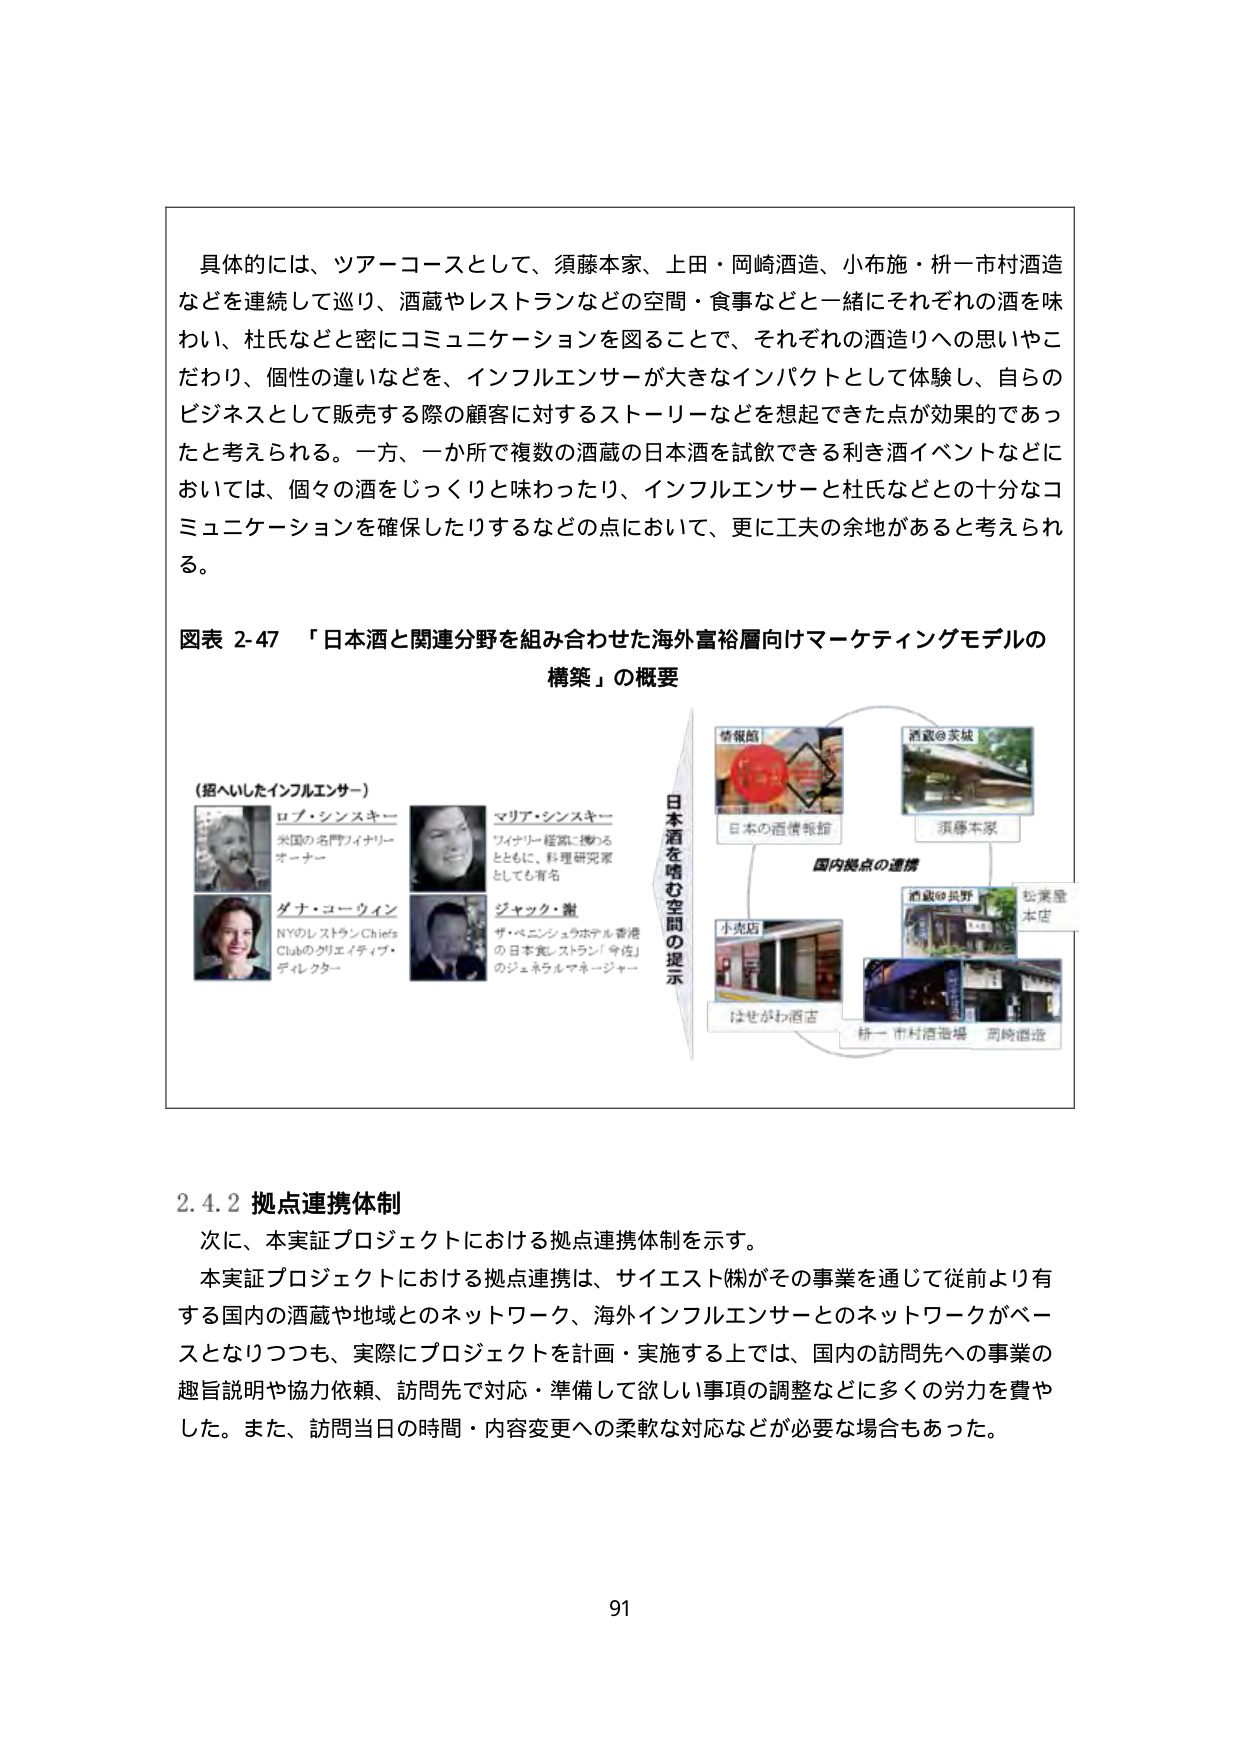
具体的には、ツアーコースとして、須藤本家、上田・岡崎酒造、小布施・枡一市村酒造などを連続して巡り、酒蔵やレストランなどの空間・食事などと一緒にそれぞれの酒を味わい、杜氏などと密にコミュニケーションを図ることで、それぞれの酒造りへの思いやこだわり、個性の違いなどを、インフルエンサーが大きなインパクトとして体験し、自らのビジネスとして販売する際の顧客に対するストーリーなどを想起できた点が効果的であったと考えられる。一方、一か所で複数の酒蔵の日本酒を試飲できる利き酒イベントなどにおいては、個々の酒をじっくりと味わったり、インフルエンサーと杜氏などとの十分なコミュニケーションを確保したりするなどの点において、更に工夫の余地があると考えられる。

図表 2-47 「日本酒と関連分野を組み合わせた海外富裕層向けマーケティングモデルの構築」の概要

（招へいしたインフルエンサー）
ロブ・シンスキー
米国の名門ワイナリー
オーナー
マリア・シンスキー
ワイナリー経営に携わる
とともに、料理研究家
としても有名
ダナ・コーウィン
NYのレストラン Chiefs
Clubのクリエイティブ・
ディレクター
ジャック・謝
ザ・ペニンシュラホテル 香港
の日本食レストラン「今佐」
のジェネラルマネージャー

日本酒を嗜む空間の提示
情報館
日本の酒情報館
酒蔵の実域
須藤本家
国内拠点の連携
小売店
はせがわ酒店
酒蔵の共存
松葉屋
本店
枡一市村酒造場 岡崎酒造

2.4.2 拠点連携体制
次に、本実証プロジェクトにおける拠点連携体制を示す。
本実証プロジェクトにおける拠点連携は、サイエスト㈱がその事業を通じて従前より有する国内の酒蔵や地域とのネットワーク、海外インフルエンサーとのネットワークがベースとなりつつも、実際にプロジェクトを計画・実施する上では、国内の訪問先への事業の趣旨説明や協力依頼、訪問先で対応・準備して欲しい事項の調整などに多くの労力を費やした。また、訪問当日の時間・内容変更への柔軟な対応などが必要な場合もあった。

91